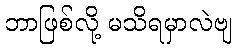
ဘာဖြစ်လို့ မသိရမှာလဲဗျ